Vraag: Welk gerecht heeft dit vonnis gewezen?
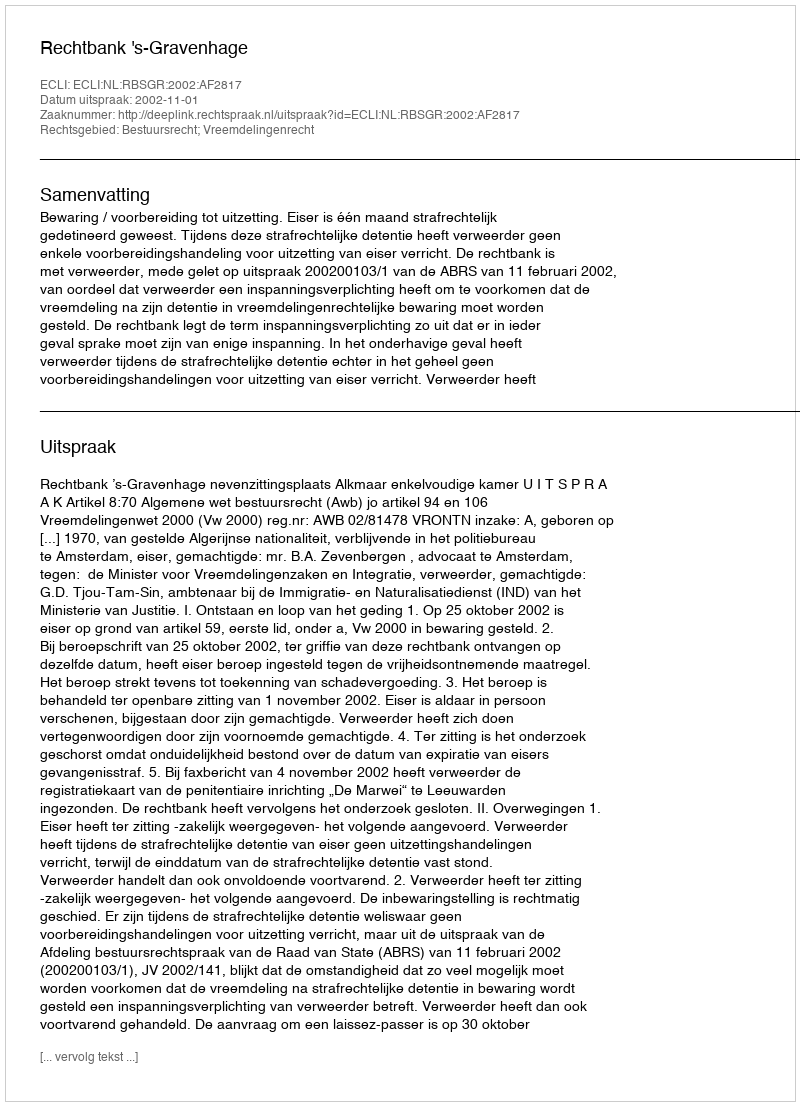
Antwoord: Rechtbank 's-Gravenhage